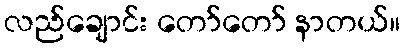
လည်ချောင်း တော်တော် နာတယ်။